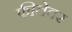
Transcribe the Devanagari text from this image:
फीतेवर